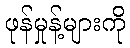
ဖုန်မှုန့်များကို